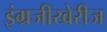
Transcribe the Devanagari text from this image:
इंग्रजीखेरीज